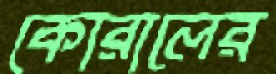
কোরালের